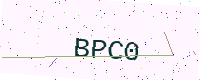
Text: BPC0